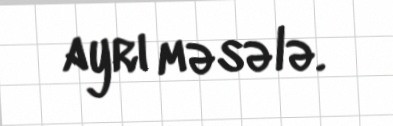
ayrı məsələ.